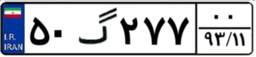
۵۰گ۲۷۷۰۰